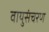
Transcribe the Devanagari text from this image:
वायुसंचरण